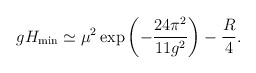
\begin{align*}g H_{\rm min} \simeq\mu^2 \exp\left( -{24 \pi^2 \over 11 g^2} \right) - {R \over 4} .\end{align*}